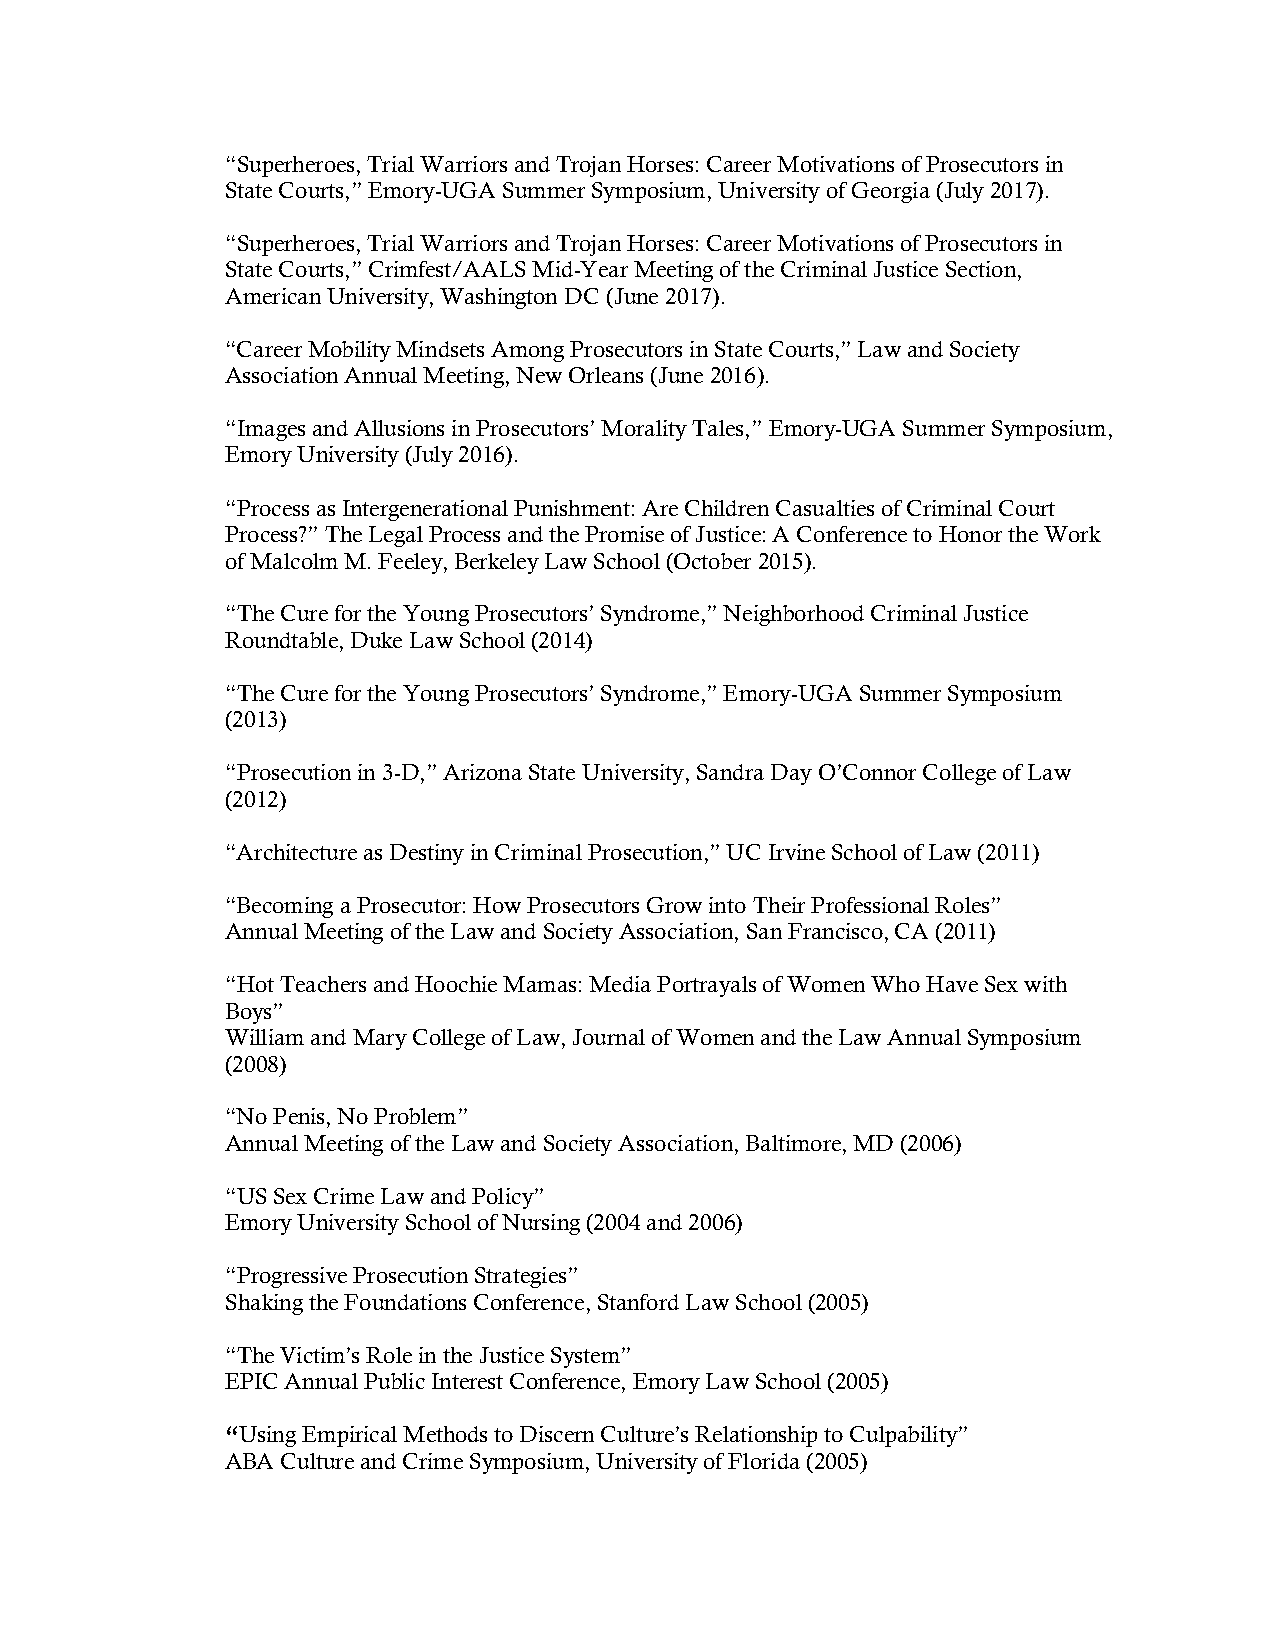
“Superheroes, Trial Warriors and Trojan Horses: Career Motivations of Prosecutors in
 State Courts,” Emory-UGA Summer Symposium, University of Georgia (July 2017).
 “Superheroes, Trial Warriors and Trojan Horses: Career Motivations of Prosecutors in
 State Courts,” Crimfest/AALS Mid-Year Meeting of the Criminal Justice Section,
 American University, Washington DC (June 2017).
 “Career Mobility Mindsets Among Prosecutors in State Courts,” Law and Society
 Association Annual Meeting, New Orleans (June 2016).
 “Images and Allusions in Prosecutors’ Morality Tales,” Emory-UGA Summer Symposium,
 Emory University (July 2016).
 “Process as Intergenerational Punishment: Are Children Casualties of Criminal Court
 Process?” The Legal Process and the Promise of Justice: A Conference to Honor the Work
 of Malcolm M. Feeley, Berkeley Law School (October 2015).
 “The Cure for the Young Prosecutors’ Syndrome,” Neighborhood Criminal Justice
 Roundtable, Duke Law School (2014)
 “The Cure for the Young Prosecutors’ Syndrome,” Emory-UGA Summer Symposium
 (2013)
 “Prosecution in 3-D,” Arizona State University, Sandra Day O’Connor College of Law
 (2012)
 “Architecture as Destiny in Criminal Prosecution,” UC Irvine School of Law (2011)
 “Becoming a Prosecutor: How Prosecutors Grow into Their Professional Roles”
 Annual Meeting of the Law and Society Association, San Francisco, CA (2011)
 “Hot Teachers and Hoochie Mamas: Media Portrayals of Women Who Have Sex with
 Boys”
 William and Mary College of Law, Journal of Women and the Law Annual Symposium
 (2008)
 “No Penis, No Problem”
 Annual Meeting of the Law and Society Association, Baltimore, MD (2006)
 “US Sex Crime Law and Policy”
 Emory University School of Nursing (2004 and 2006)
 “Progressive Prosecution Strategies”
 Shaking the Foundations Conference, Stanford Law School (2005)
 “The Victim’s Role in the Justice System”
 EPIC Annual Public Interest Conference, Emory Law School (2005)
 “Using Empirical Methods to Discern Culture’s Relationship to Culpability”
 ABA Culture and Crime Symposium, University of Florida (2005)